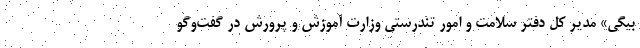
بیگی» مدیر کل دفتر سلامت و امور تندرستی وزارت آموزش و پرورش در گفت‌وگو